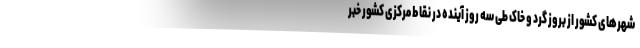
شهرهای کشور از بروز گرد و خاک طی سه روز آینده در نقاط مرکزی کشور خبر